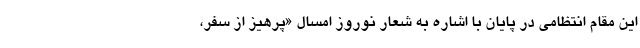
این مقام انتظامی در پایان با اشاره به شعار نوروز امسال «پرهیز از سفر،